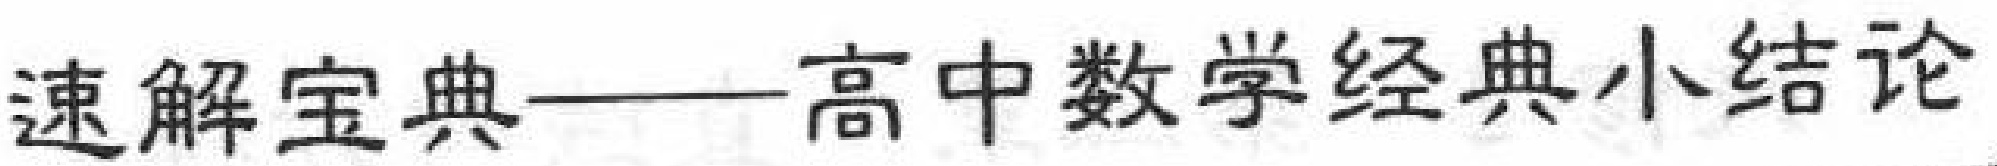
速解宝典——高中数学经典小结论